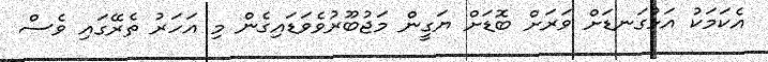
އެކަމަކު އަޅުގަނޑަށް ވަރަށް ބޮޑަށް ޔަގީން މަޖުބޫރުވެވަޑައިގެން މި އަހަރު ތެރޭގައި ވެސް